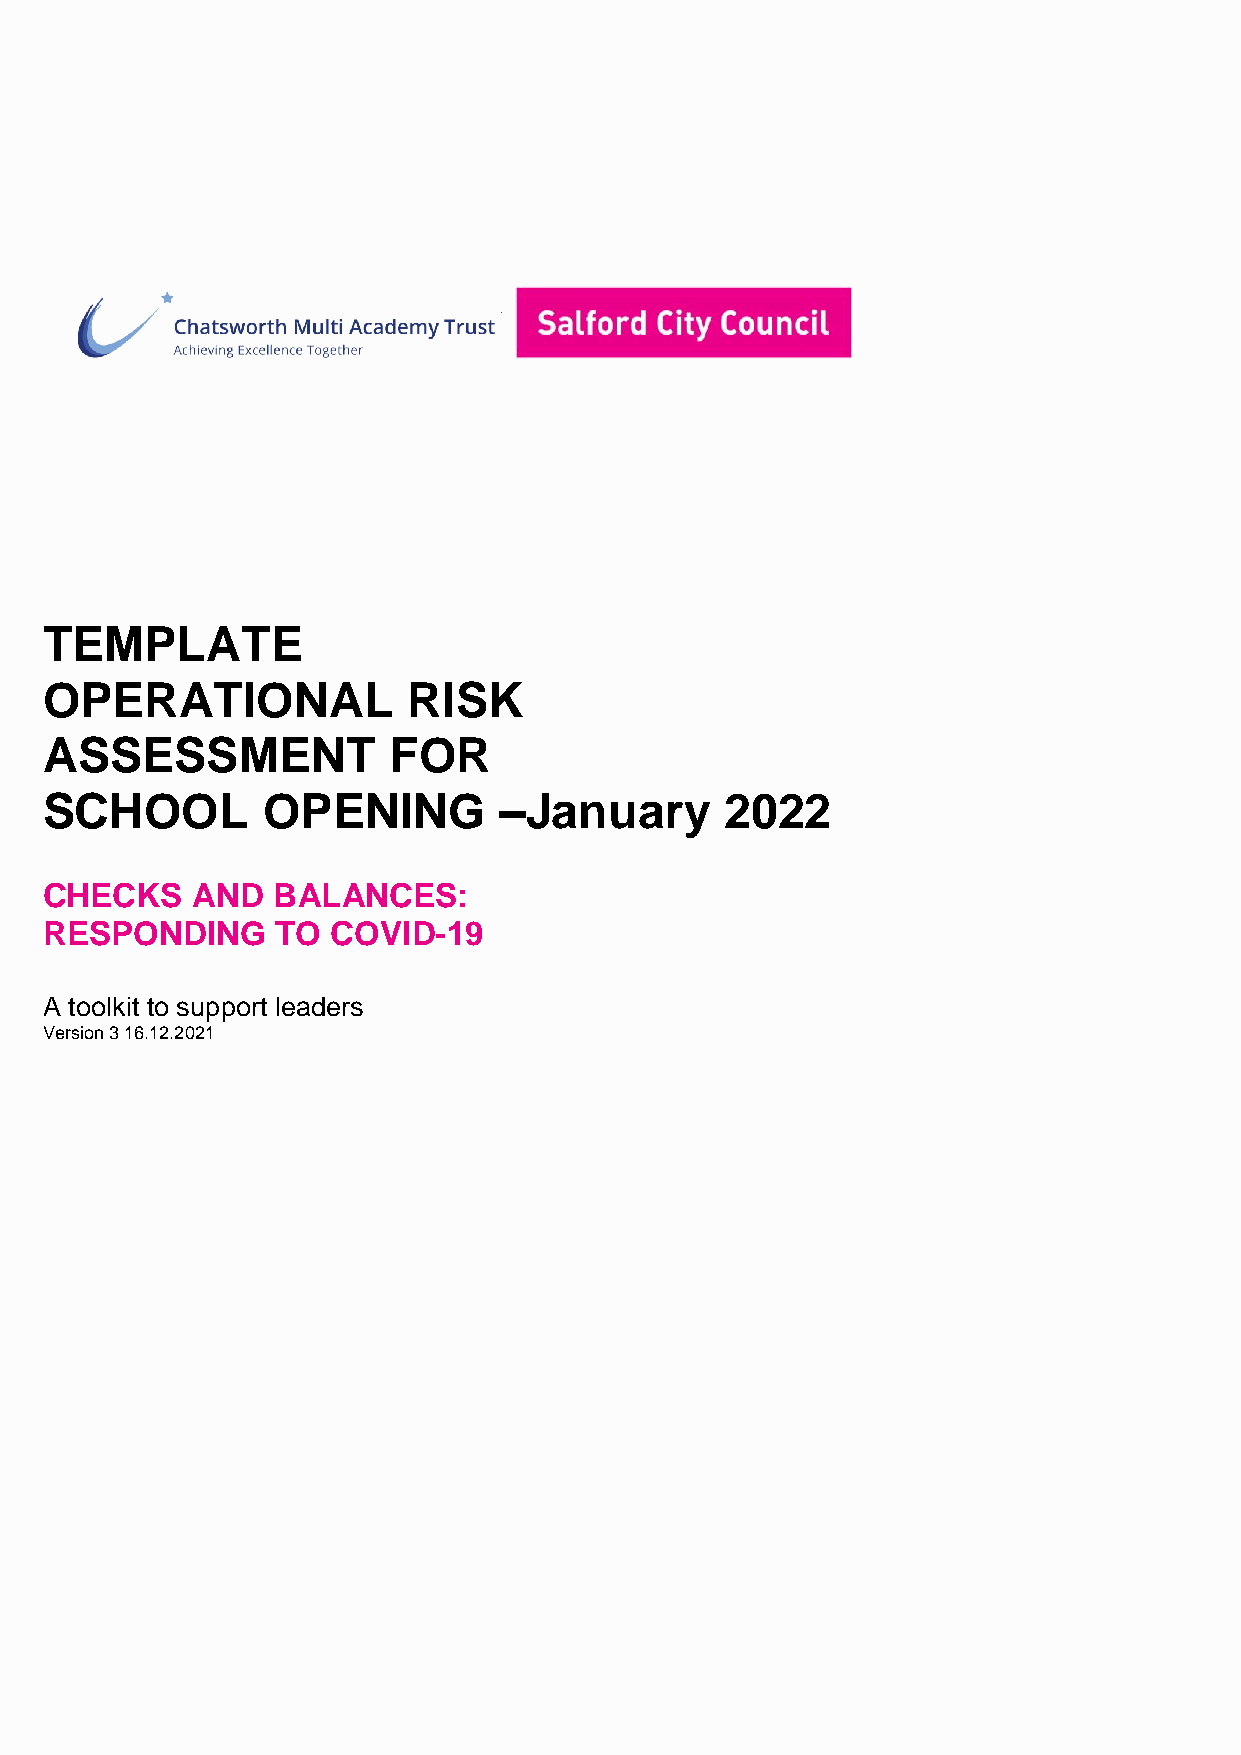
TEMPLATE
 OPERATIONAL             RISK
 ASSESSMENT             FOR
 SCHOOL        OPENING         –January       2022
 CHECKS    AND  BALANCES:
 RESPONDING     TO  COVID-19
 A toolkit to support leaders
 Version 3 16.12.2021